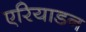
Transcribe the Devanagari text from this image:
एरियाडन